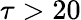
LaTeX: \tau>20